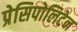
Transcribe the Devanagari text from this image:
प्रेसिपोलिटेन